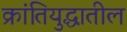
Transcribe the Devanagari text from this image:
क्रांतियुद्धातील